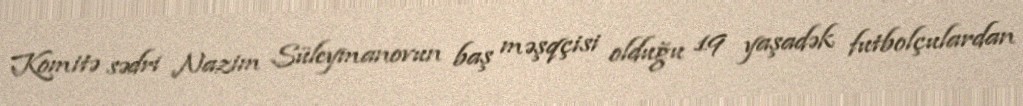
Komitə sədri Nazim Süleymanovun baş məşqçisi olduğu 19 yaşadək futbolçulardan